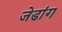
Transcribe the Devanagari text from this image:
जेडांग